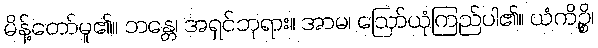
မိန့်တော်မူ၏။ ဘန္တေ၊ အရှင်ဘုရား။ အာမ၊ ဩော်ယုံကြည်ပါ၏။ ယံကိဉ္စိ၊